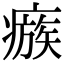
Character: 瘯